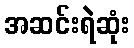
အဆင်းရဲဆုံး